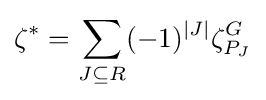
\zeta ^{*}=\sum _{J\subseteq R}(-1)^{\vert J\vert }\zeta _{P_{J}}^{G}